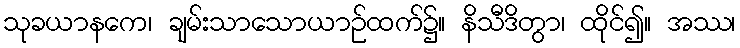
သုခယာနကေ၊ ချမ်းသာသောယာဉ်ထက်၌။ နိသီဒိတွာ၊ ထိုင်၍။ အဿ၊